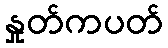
နှုတ်ကပတ်